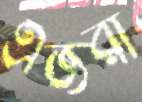
এজরা